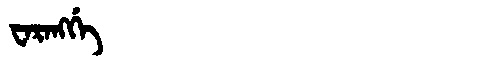
Manchu: ᠸᠠᡵᠠᠩᡤᡝ
Romanization: WARANGGE